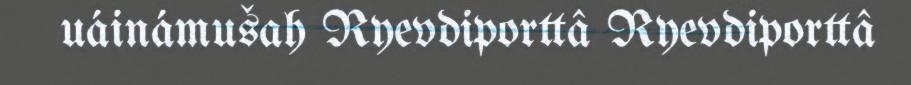
uáinámušah Ryevdiporttâ Ryevdiporttâ